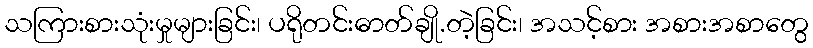
သကြားစားသုံးမှုများခြင်း၊ ပရိုတင်းဓာတ်ချို.တဲ့ခြင်း၊ အသင့်စား အစားအစာတွေ